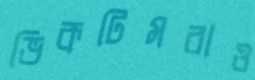
ভিকটিমরাও